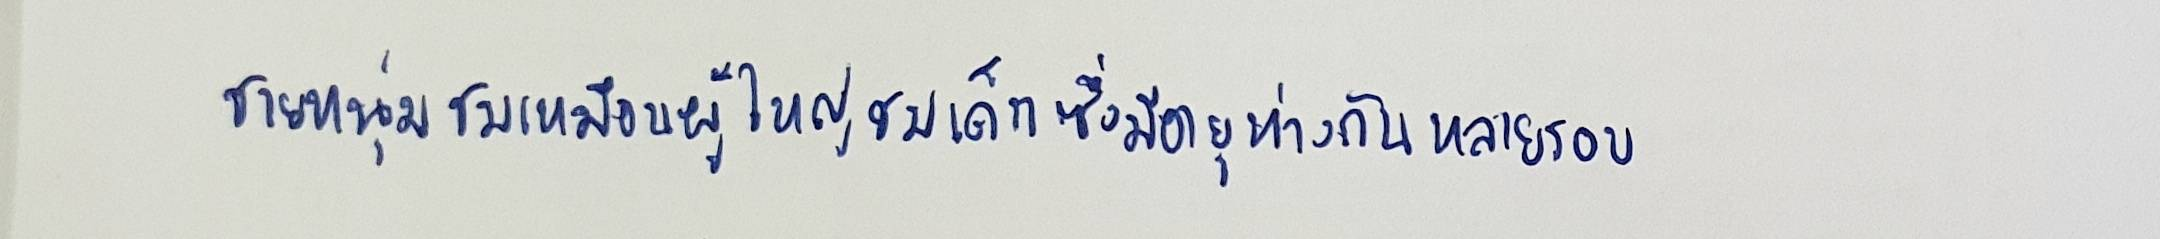
ชายหนุ่มชมเหมือนผู้ใหญ่ชมเด็กซึ่งมีอายุห่างกันหลายรอบ